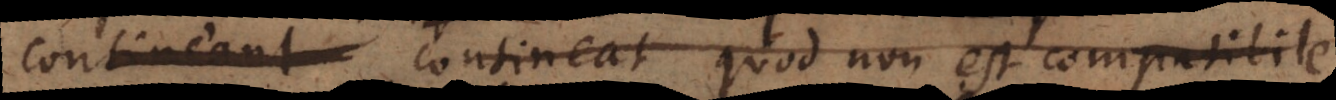
aliquid contineat quod non est compatibile